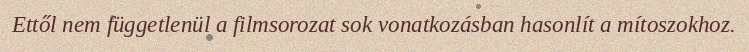
Ettől nem függetlenül a filmsorozat sok vonatkozásban hasonlít a mítoszokhoz.